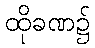
ထိုခဏ၌